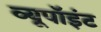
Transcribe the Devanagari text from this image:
व्यूपॉइंट